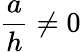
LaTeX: \frac{a}{h}\neq 0